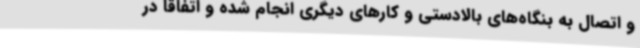
و اتصال به بنگاه‌های بالادستی و کارهای دیگری انجام شده و اتفاقا در